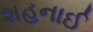
શહનાઈ